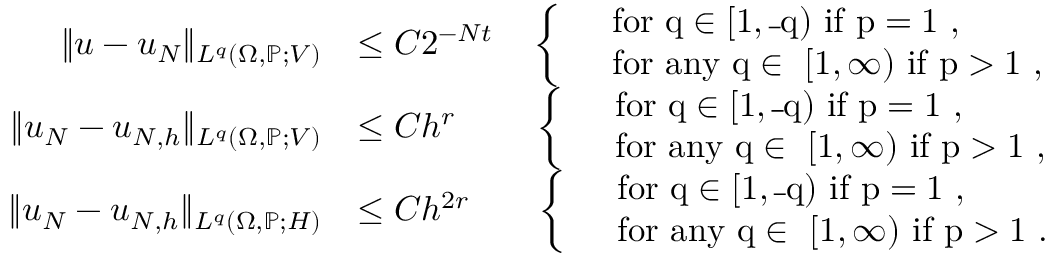
\begin{array} { r l } { \| u - u _ { N } \| _ { L ^ { q } ( \Omega , \mathbb { P } ; V ) } } & { \le C 2 ^ { - N t } \quad \left\{ \begin{array} { l l } & { \mathrm { f o r ~ q \in [ 1 , \overline { ~ } q ) ~ i f ~ p = 1 ~ , } } \\ & { \mathrm { f o r ~ a n y ~ q \in ~ [ 1 , \infty ) ~ i f ~ p > 1 ~ , } } \end{array} \right. } \\ { \| u _ { N } - u _ { N , h } \| _ { L ^ { q } ( \Omega , \mathbb { P } ; V ) } } & { \le C h ^ { r } \, \qquad \left\{ \begin{array} { l l } & { \mathrm { f o r ~ q \in [ 1 , \overline { ~ } q ) ~ i f ~ p = 1 ~ , } } \\ & { \mathrm { f o r ~ a n y ~ q \in ~ [ 1 , \infty ) ~ i f ~ p > 1 ~ , } } \end{array} \right. } \\ { \| u _ { N } - u _ { N , h } \| _ { L ^ { q } ( \Omega , \mathbb { P } ; H ) } } & { \le C h ^ { 2 r } \quad \; \; \; \left\{ \begin{array} { l l } & { \mathrm { f o r ~ q \in [ 1 , \overline { ~ } q ) ~ i f ~ p = 1 ~ , } } \\ & { \mathrm { f o r ~ a n y ~ q \in ~ [ 1 , \infty ) ~ i f ~ p > 1 ~ . } } \end{array} \right. } \end{array}